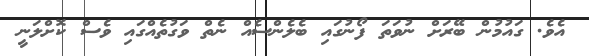
އެވެ. ގައުމުން ބޭރަށް ނުވަތަ ފޯނުގައި ބެލެންސެއް ނެެތް ވަގުތެއްގައި ވެސް ކޮށްލަނީ